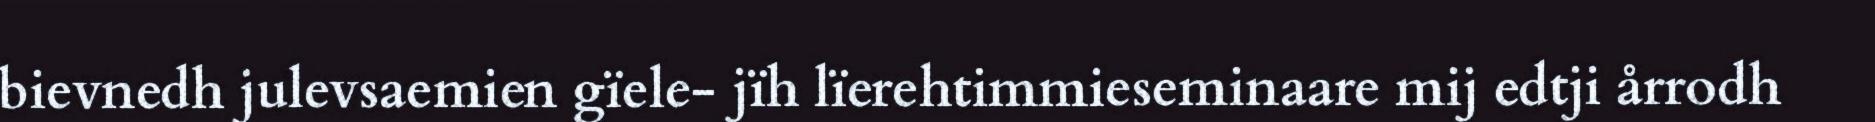
bievnedh julevsaemien gïele- jïh lïerehtimmieseminaare mij edtji årrodh